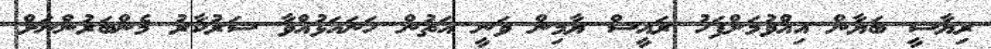
ރިޔާސީ ބަޔާން އިއްުވުމަށްފަހު ރައީސް ޔާމިން ވަނީ އަތުން ހަނައަޅުއްވާ ސަރުކާރު މެންބަރުންނަށް